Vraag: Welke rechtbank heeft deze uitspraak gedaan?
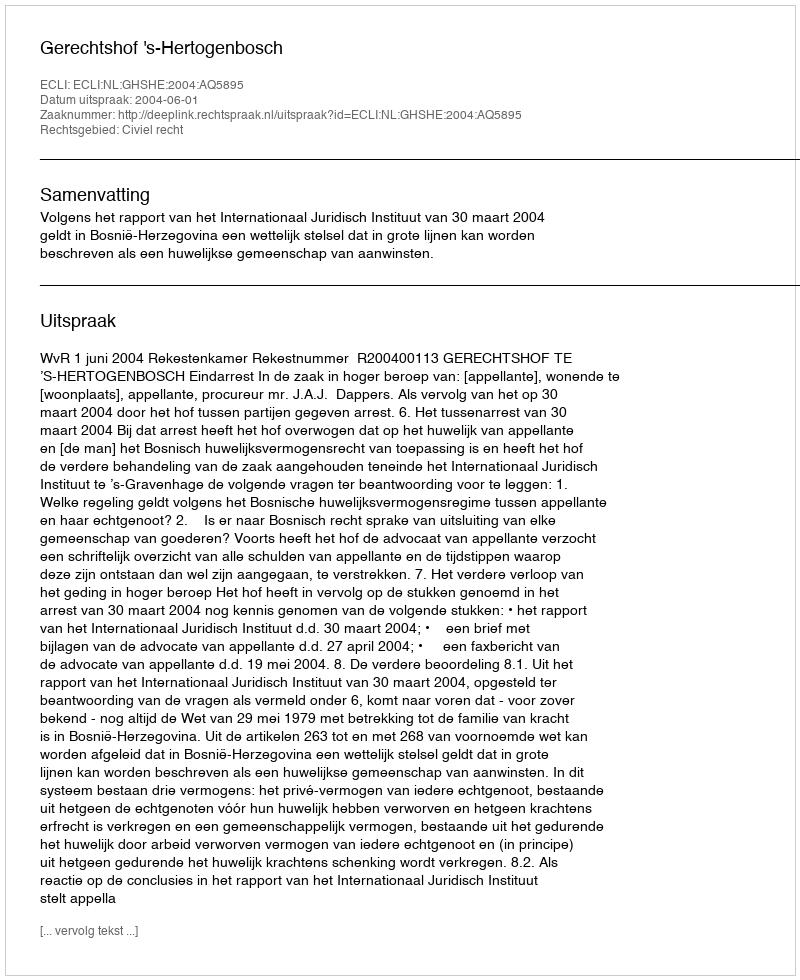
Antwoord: Gerechtshof 's-Hertogenbosch